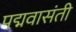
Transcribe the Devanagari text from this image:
पद्मवासंती